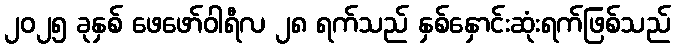
၂၀၂၅ ခုနှစ် ဖေဖော်ဝါရီလ ၂၈ ရက်သည် နှစ်နှောင်းဆုံးရက်ဖြစ်သည်